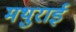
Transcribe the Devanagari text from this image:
मथुराई